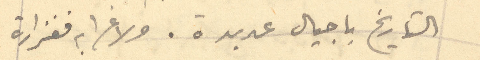
التاريخ باجيال عديدة. ولا غرابه فغزارة